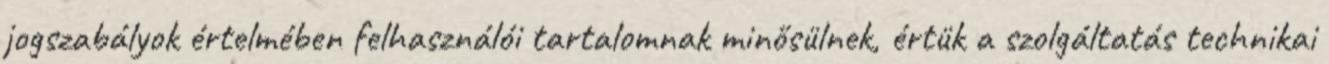
jogszabályok értelmében felhasználói tartalomnak minősülnek, értük a szolgáltatás technikai